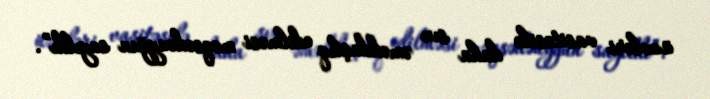
üzvləri vasitəsilə daha sıx əməkdaşlıq edilməsi məqsədəuyğun sayıldı”.